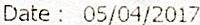
DATE : 05/04/2017